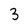
Character: 3